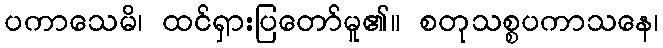
ပကာသေမိ၊ ထင်ရှားပြတော်မူ၏။ စတုသစ္စပကာသနေ၊